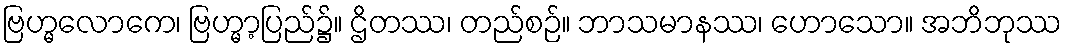
ဗြဟ္မလောကေ၊ ဗြဟ္မာ့ပြည်၌။ ဌိတဿ၊ တည်စဉ်။ ဘာသမာနဿ၊ ဟောသော။ အဘိဘုဿ